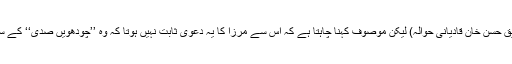
(حجج الکرامہ ص 139از نواب صدیق حسن خان قادیانی حوالہ) لیکن موصوف کہنا چاہتا ہے کہ اس سے مرزا کا یہ دعویٰ ثابت نہیں ہوتا کہ وہ ’’چودھویں صدی‘‘ کے سر سے ہرگز ’’تجاوز‘‘ نہ کرے گا‘‘۔